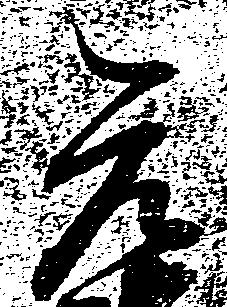
元